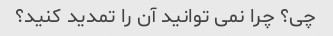
چی؟ چرا نمی توانید آن را تمدید کنید؟